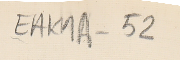
EAK1A-52